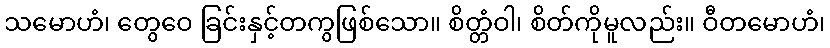
သမောဟံ၊ တွေဝေ ခြင်းနှင့်တကွဖြစ်သော။ စိတ္တံဝါ၊ စိတ်ကိုမူလည်း။ ဝီတမောဟံ၊